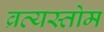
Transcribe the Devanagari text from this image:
व्रत्यस्तोम